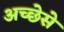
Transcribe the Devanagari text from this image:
अच्छेसे